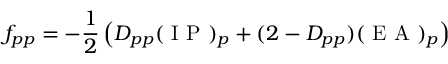
f _ { p p } = - \frac { 1 } { 2 } \left( D _ { p p } ( \mathrm { ~ I ~ P ~ } ) _ { p } + ( 2 - D _ { p p } ) ( \mathrm { ~ E ~ A ~ } ) _ { p } \right)